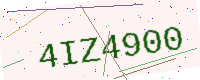
Text: 4IZ4900